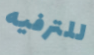
للترفيه